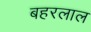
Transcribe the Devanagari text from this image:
बहरलाल